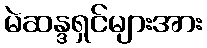
မဲဆန္ဒရှင်များအား